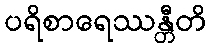
ပရိစာရေဿန္တီတိ